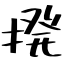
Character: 撥